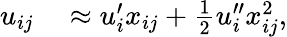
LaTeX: \begin{array}{rl}{u_{ij}}&{{}\approx u_{i}^{\prime}x_{ij}+\frac 12u_{i}^{\prime\prime}x_{ij}^{2},}\end{array}